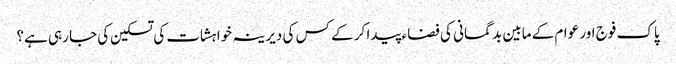
پاک فوج اور عوام کے مابین بد گمانی کی فضاء پیدا کر کے کس کی دیرینہ خواہشات کی تسکین کی جا رہی ہے؟